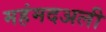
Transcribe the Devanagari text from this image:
महंमदअली